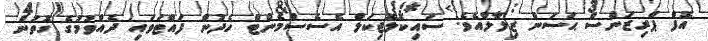
އޮފް ޕްރިޒަންސް ޙަސަން ޒިލާލްއެވެ. ސައިކޮލޮޖިކަލް އެސެސްމެންޓް ހެދުން ފައްޓަވައި ދެއްވުމުގެ ގޮތުން